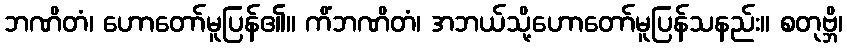
ဘဏိတံ၊ ဟောတော်မူပြန်၏။ ကိံဘဏိတံ၊ အဘယ်သို့ဟောတော်မူပြန်သနည်း။ စတုဗ္ဘိ၊